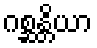
ဂစ္ဆန္တိယာ